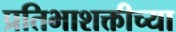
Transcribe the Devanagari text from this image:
प्रतिभाशक्तीच्या